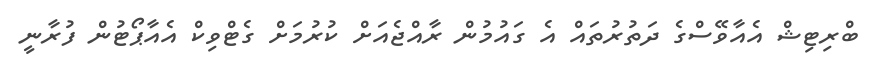
ބްރިޓިޝް އެއާވޭސްގެ ދަތުރުތައް އެ ގައުމުން ރާއްޖެއަށް ކުރުމަށް ގެޓްވިކް އެއާޕޯޓުން ފުރާނީ